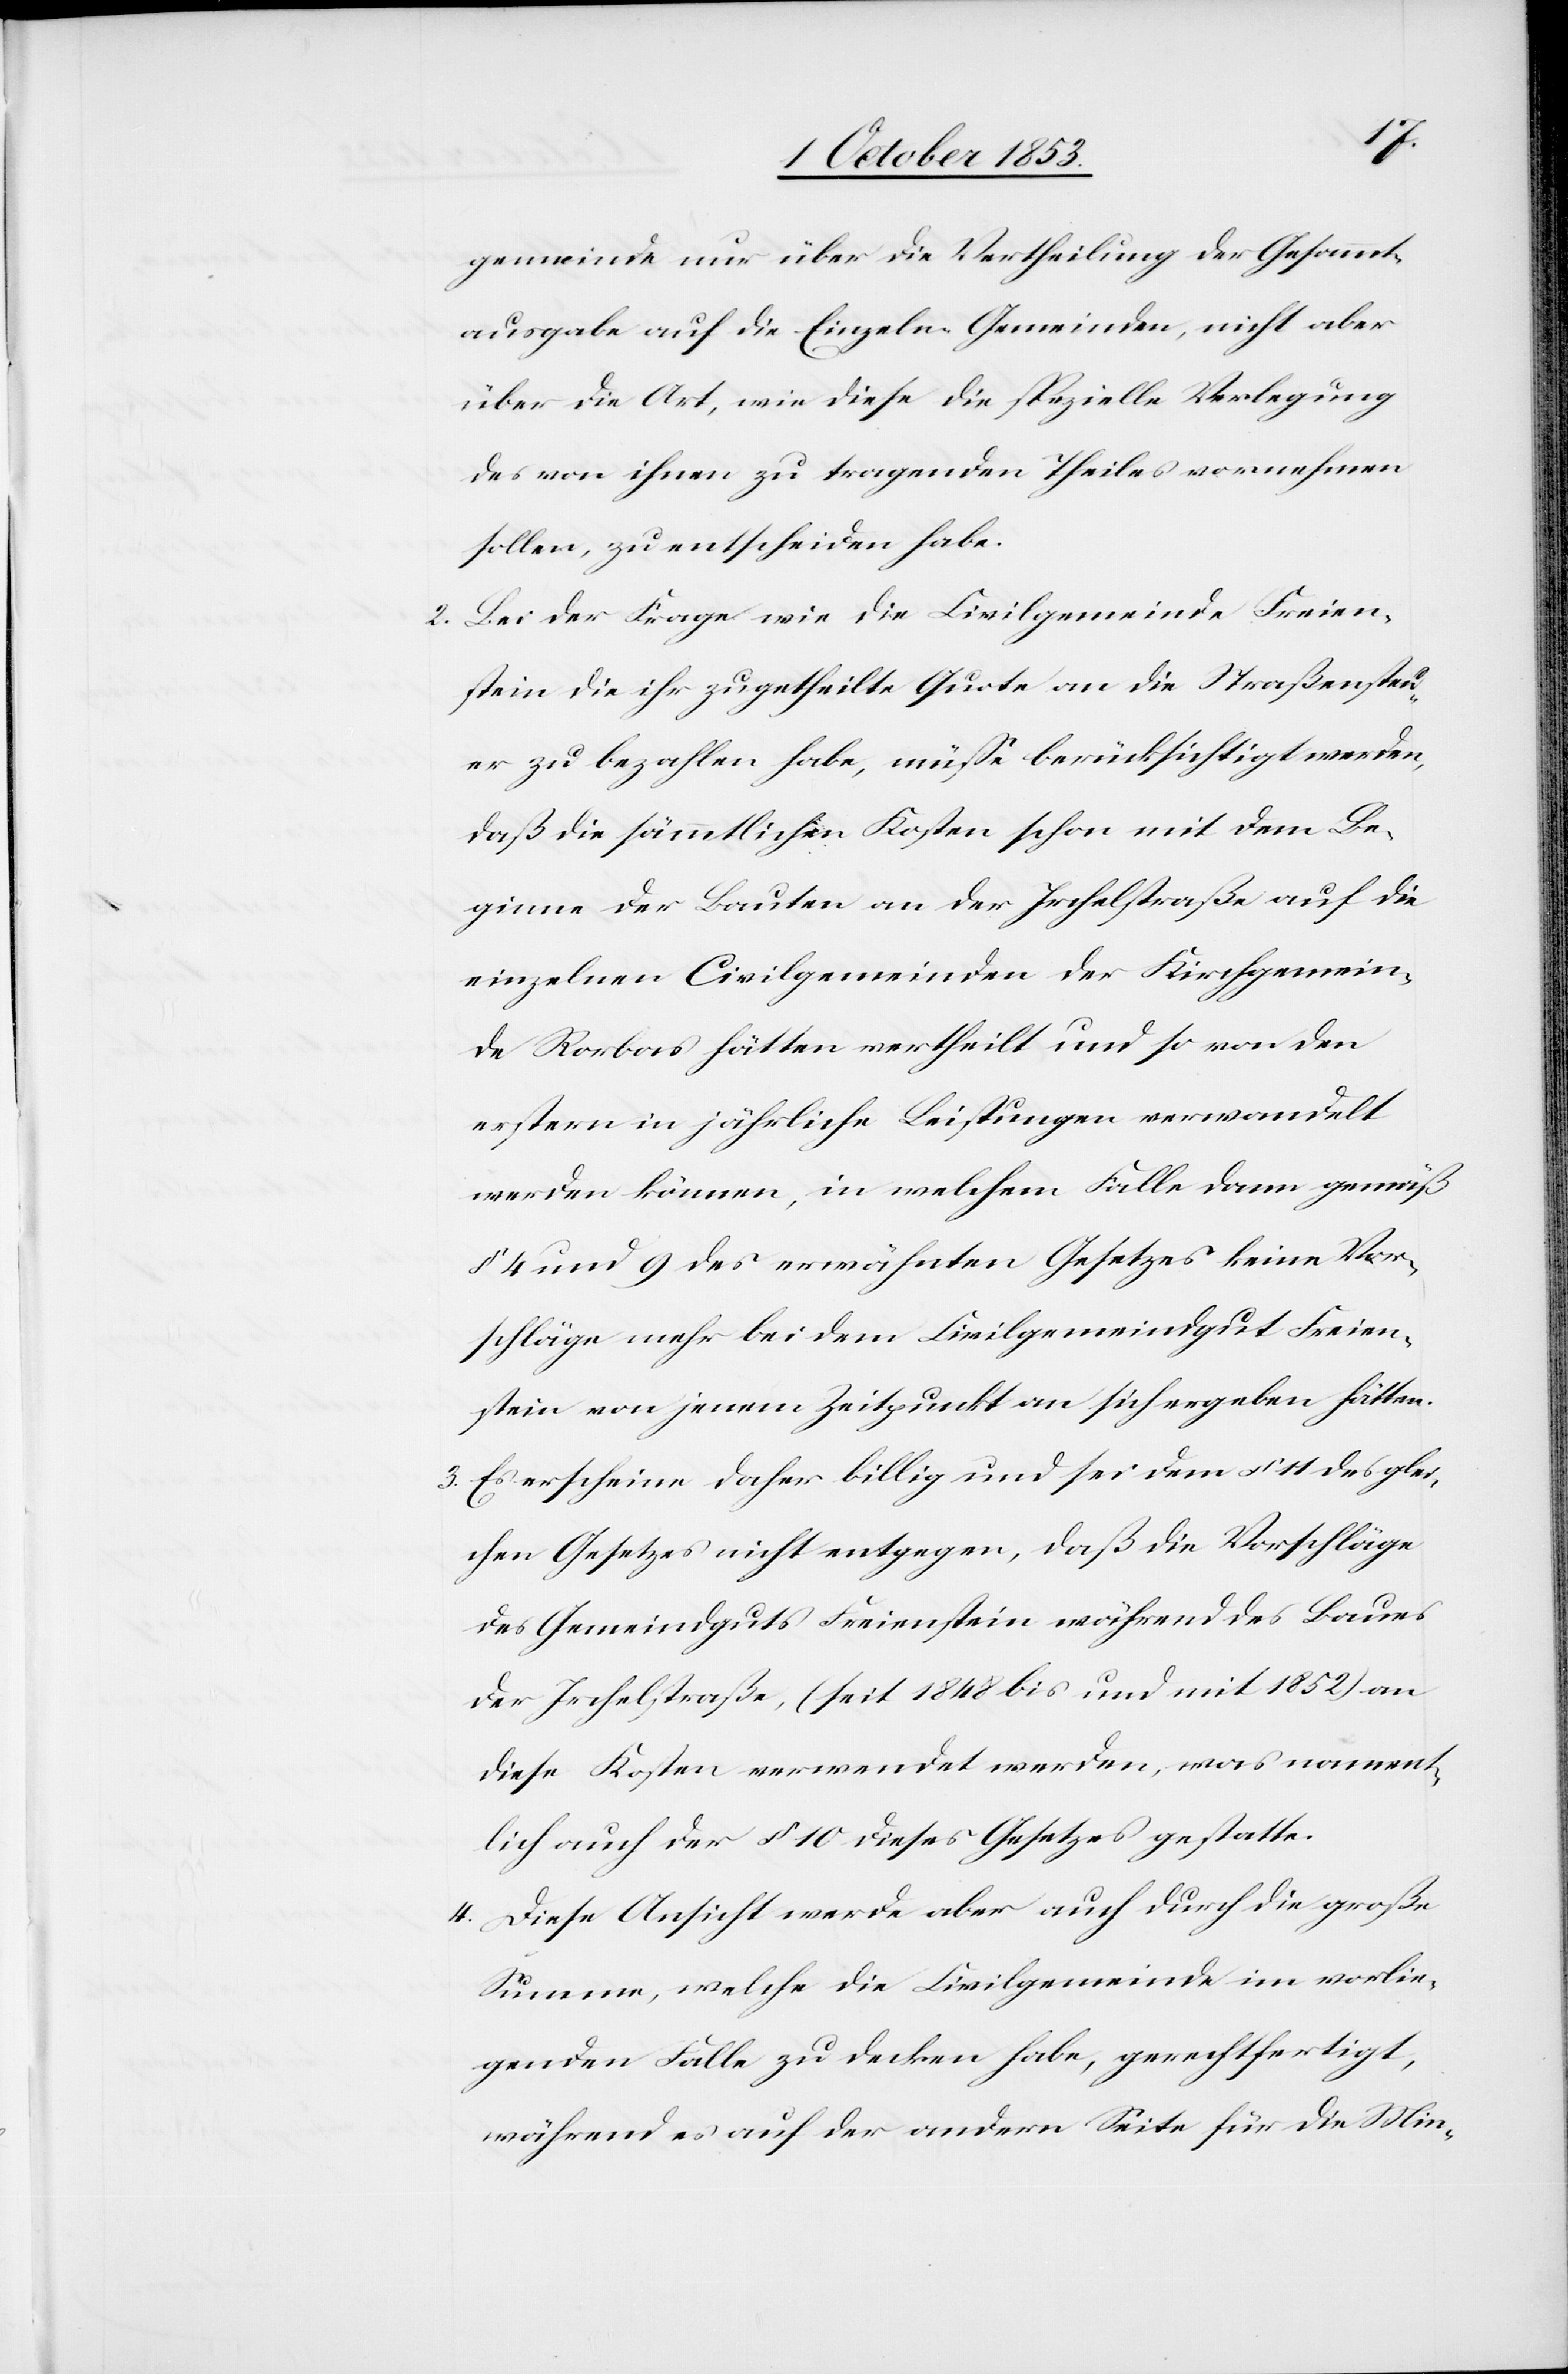
gemeinde nur über die Vertheilung der Gesammt¬
ausgabe auf die Einzeln-Gemeinden, nicht aber
über die Art, wie diese spezielle Verlegung
des von ihnen zu tragenden Theiles vornehmen
sollen zu entscheiden habe.
2. Bei der Frage wie die Civilgemeinde Freien¬
stein die ihr zugetheilte Quote an die Straßensteu¬
er zu bezahlen habe, müße berücksichtigt werden,
daß die sämmtlichen Kosten schon mit dem Be¬
ginne der Bauten an der Irchelstraße auf die
einzelnen Civilgemeinden der Kirchgemein¬
de Rorbas hätten vertheilt und so von den
erstern in jährliche Leistungen verwandelt
werden können, in welchem Falle dann gemäß
§ 4 und 9 des erwähnten Gesetzes keine Vor¬
schläge mehr bei dem Civilgemeindgut Freien¬
stein von jenem Zeitpunkt an sich ergeben hätten.
3. Es erscheine daher billig und sei dem § 11 des glei¬
chen Gesetzes nicht entgegen, daß die Vorschläge
des Gemeindgutes Freienstein während des Baues
der Irchelstraße (seit 1848 bis und mit 1852) an
diese Kosten verwendet werden, was nament¬
lich auch der § 10 dieses Gesetzes gestatte.
4. Diese Ansicht werde aber auch durch die große
Summe, welche die Civilgemeinde im vorlie¬
genden Falle zu decken habe, gerechtfertigt,
während es auf der andern Seite für die Min-